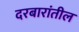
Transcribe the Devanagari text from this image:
दरबारांतील